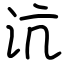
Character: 沆